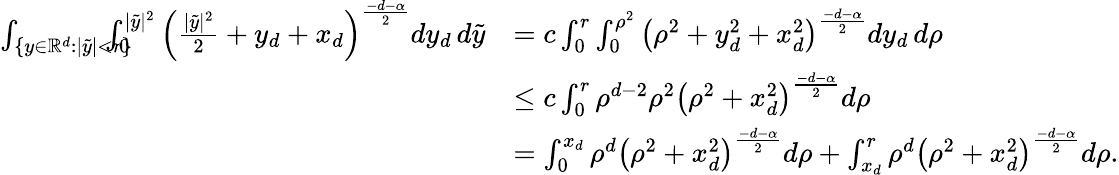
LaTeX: \begin{array}{rl}{\int_{\{ y\in\mathbb{R}^{d}:|\tilde{y}|<r\} }\! \! \! \! \! \! \! \int_{0}^{|\tilde{y}|^{2}}\left(\frac{|\tilde{y}|^{2}}{2}+y_{d}+x_{d}\right)^{\frac{-d-\alpha}{2}}dy_{d}\, d\tilde{y}}&{=c\int_{0}^{r}\int_{0}^{\rho^{2}}\left(\rho^{2}+y_{d}^{2}+x_{d}^{2}\right)^{\frac{-d-\alpha}{2}}dy_{d}\, d\rho}\\ &{\leq c\int_{0}^{r}\rho^{d-2}\rho^{2}\left(\rho^{2}+x_{d}^{2}\right)^{\frac{-d-\alpha}{2}}d\rho}\\ &{=\int_{0}^{x_{d}}\rho^{d}\left(\rho^{2}+x_{d}^{2}\right)^{\frac{-d-\alpha}{2}}d\rho+\int_{x_{d}}^{r}\rho^{d}\left(\rho^{2}+x_{d}^{2}\right)^{\frac{-d-\alpha}{2}}d\rho.}\end{array}